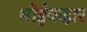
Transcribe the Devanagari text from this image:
भोईकहार